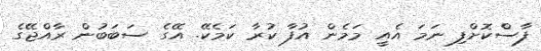
ފާސްކޮށްފި ނަމަ އެއީ މަމެން އުފާ ކުރާ ކަމެކޭ. އޭގެ ސަބަބުން ރާއްޖޭގެ